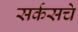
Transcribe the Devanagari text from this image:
सर्कसचे